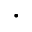
\cdot